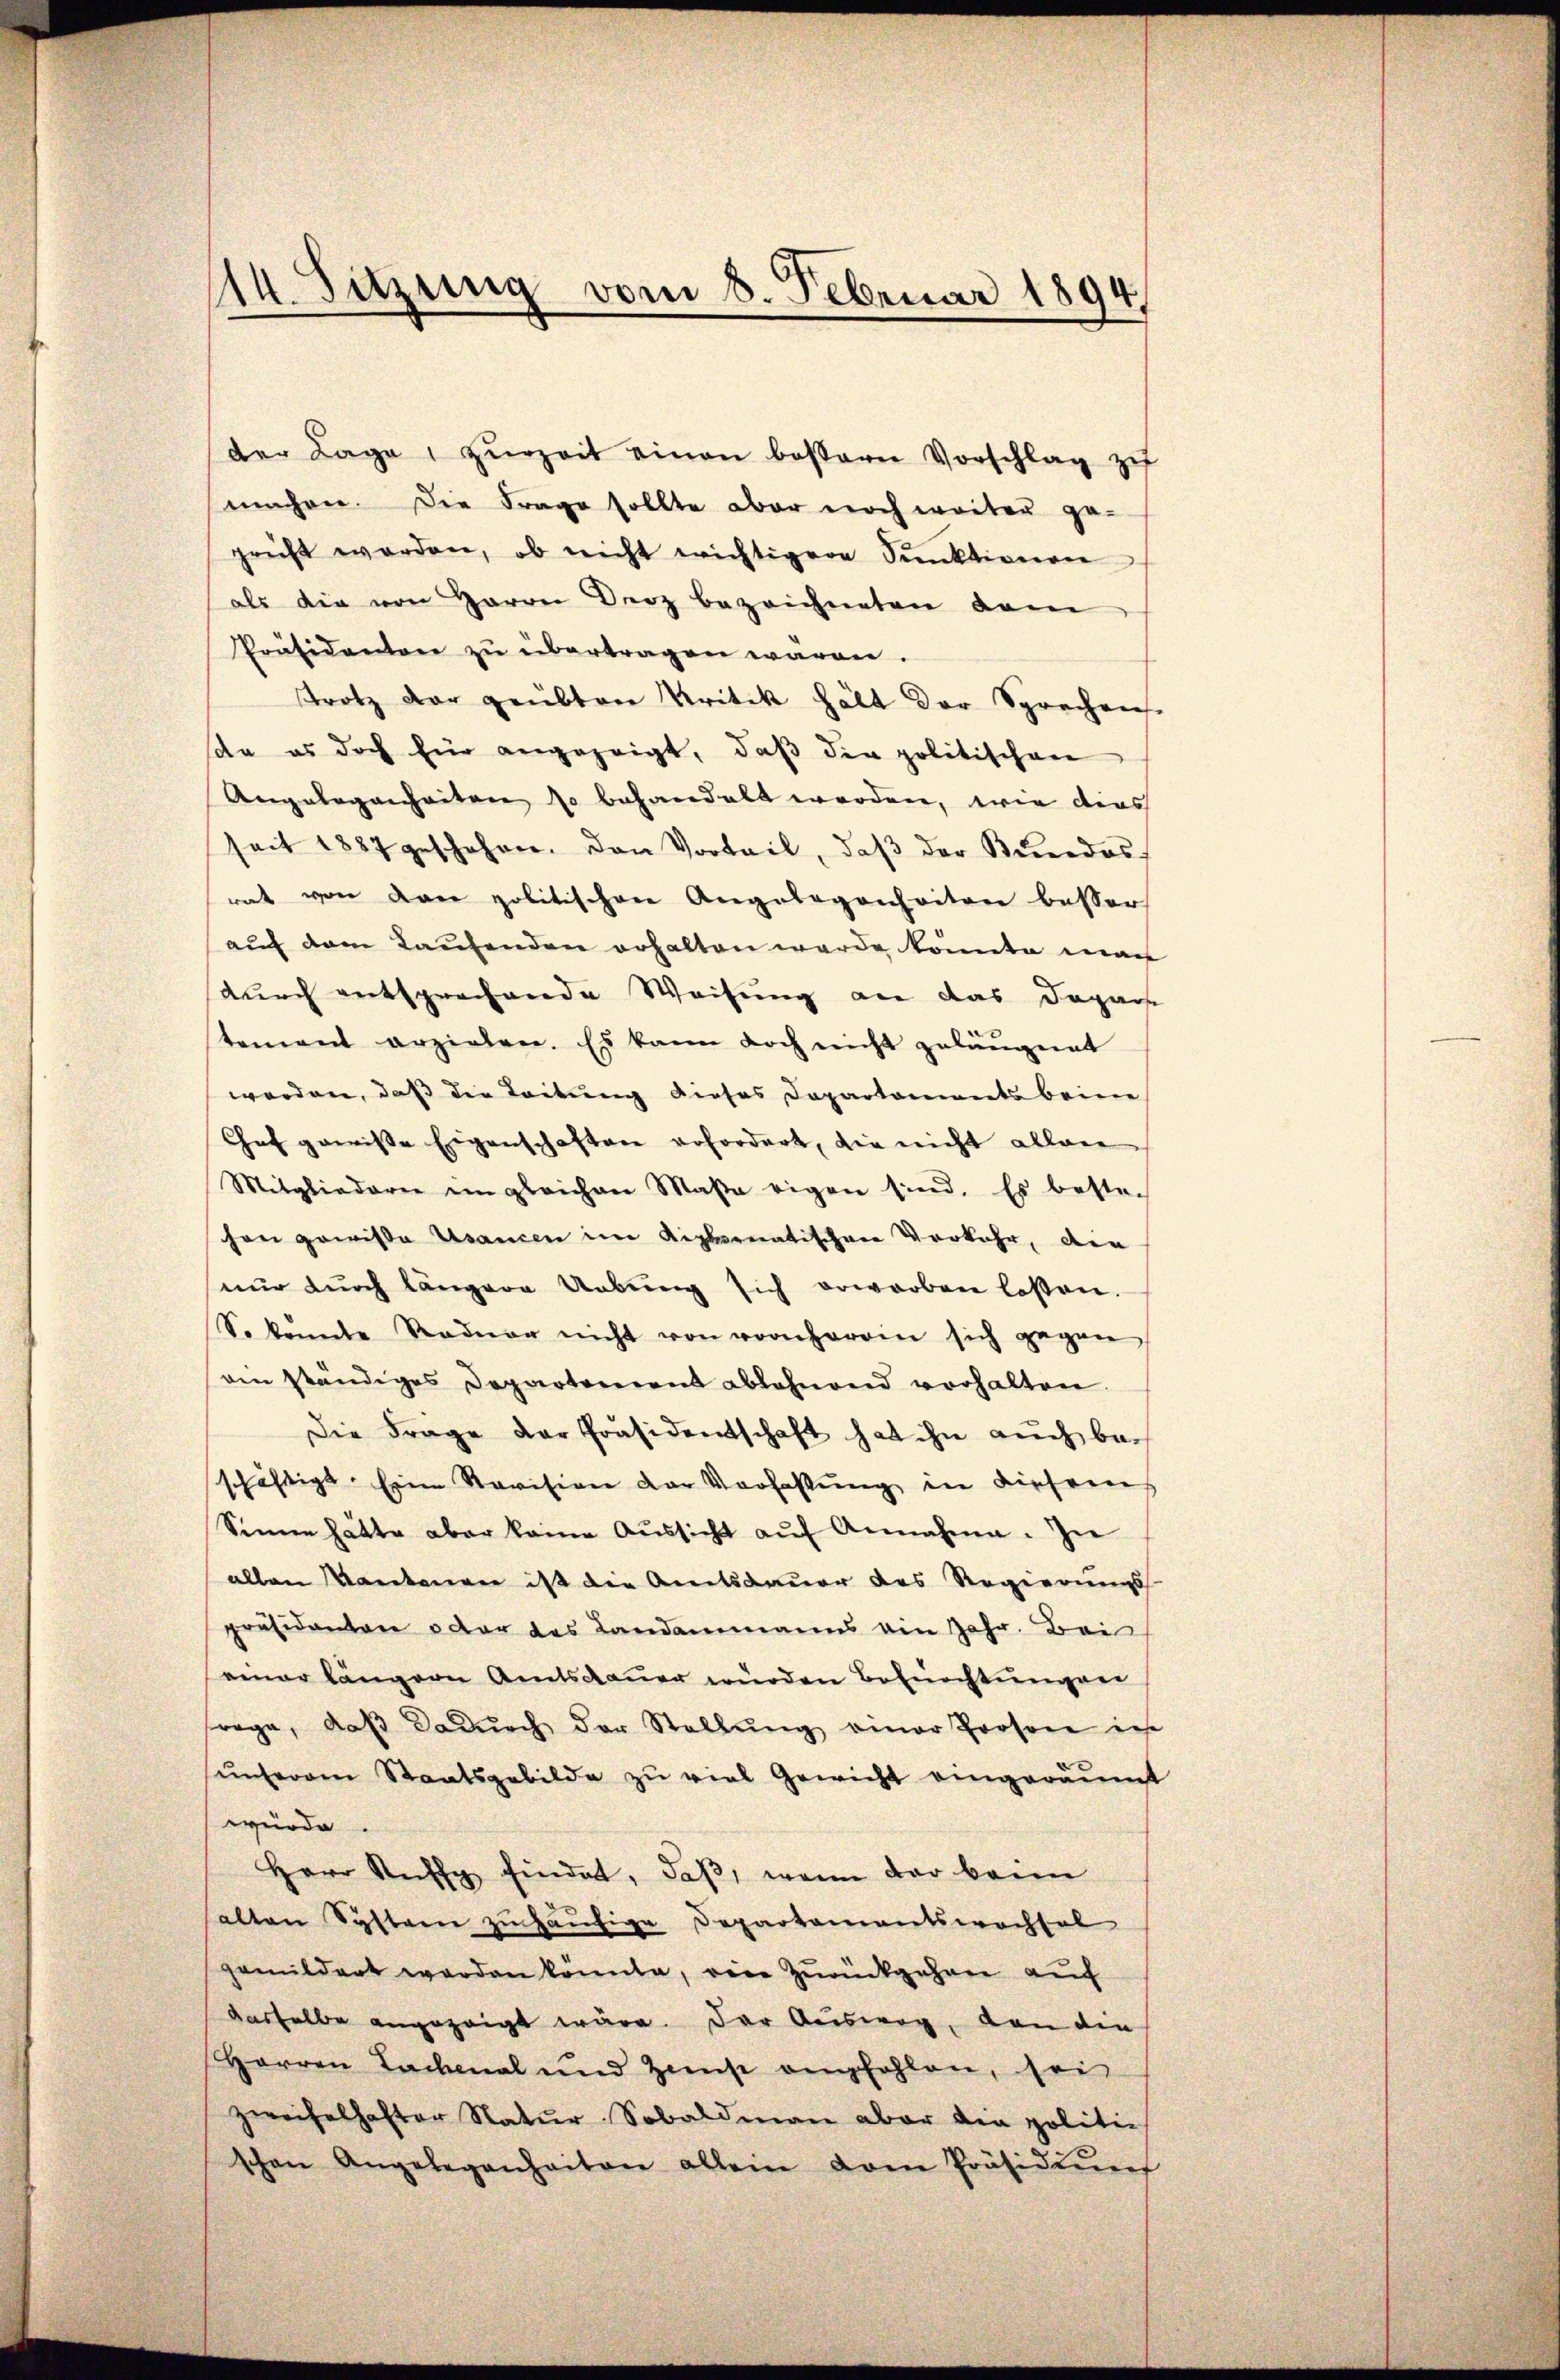
114. Sitzung vom 8. Februar 1894

der Lage, zŭrzeit einen bestern Vorschlag zu
machen. Die Frage sollte aber noch weiter ge-
prüft worden, ob nicht wichtigere Punktionen
als die von Herrn Droz bezeichneten dam
Präsidenten zŭ übertragen waren,
trotz der geübten Kritik hält der Sprechen
sda es doch für angezeigt, daβ die politischen
Angelegenheiten so behandelt werden, wie dies
seit 1887 geschehen. Den Vorteil, daβ der Bundes-
rat von den politischen Angelegenheiten besser
auf dem Taufenden erhalten werde konnte man
durch entsprechende Weisung an das Depar
tement erziehen. Es kann doch nicht geläugnet
worden, daß die Leitung dieses Departaments beim
Chef gewisse Eigenschaften erfordert, die nicht allen
Mitgliedern im gleichen Maße eigen sind. Es beste-
chen gewisse Usancen im diplomatischen Verkehr, die
nŭr dŭrch längere Uebŭng sich erwarben losen.
So kannte Redner nicht von vornherone sich gegen
ein ständiges Departement ablehnend vorhalten.
Die Frage der Präsidentschaft hat ihn auch beschäftigt. Eine Revision der Verfassung in diesens
Sinne hätte aber keine Aŭssicht aŭf Annahme. In
allen Kantonen ist die Amtsdauer des Regierungs-
präsidanten oder das Landammanns ein Jahr. Bei
einer längern Amtsdauer wurden Befürchtungene
rage, daβ dadŭrch der Stellŭng einer Person in
ŭnserem Staatsgebilde zu viel Gewicht eingeräumt
würde.
Herr Ruff findet, daß, wenn dar beim
alten Systern zŭ häufige Departamentswachsel
gemildert werden konnte, eine Zurückgehen auf
dasselbe angezeigt wäre. Der Ausweg, von die
Herren Lachmal und Ziest empfehlen, sei
zweifelhafter Natur Sobaldmann aber den politie
schen Angelegenheiten allein vom Präsidiŭm